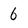
Character: 6